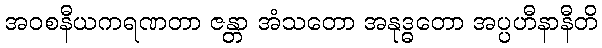
အဝစနီယကရဏတာ ဇန္တာ အံသတော အနုဒ္ဓတော အပ္ပဟီနာနီတိ